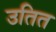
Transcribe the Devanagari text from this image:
उतित